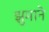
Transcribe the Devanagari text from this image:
झुमाने